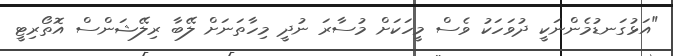
"އަޅުގަނޑުމެންނަކީ ދުވަހަކު ވެސް މީހަކަށް މުސާރަ ނުދީ މިހާތަނަށް ލޭބާ ރިލޭޝަންސް އޮތޯރިޓީ